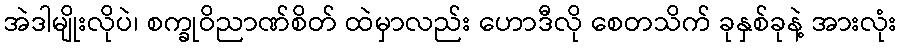
အဲဒါမျိုးလိုပဲ၊ စက္ခုဝိညာဏ်စိတ် ထဲမှာလည်း ဟောဒီလို စေတသိက် ခုနှစ်ခုနဲ့ အားလုံး